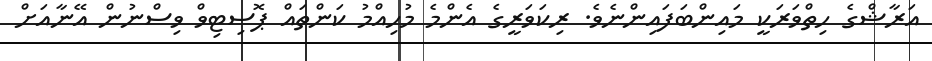
އަރާޝްގެ ހިތްވަރަކީ މައިންބަފައިންނެވެ. ރިކަވަރީގެ އެންމެ މުހިއްމު ކަންތައް ޕޮސިޓިވް ވިސްނުން އޭނާއަށް